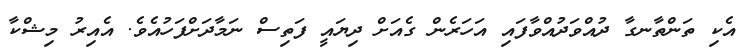
އެކި ތަންތާނގާ ދުއްވަދުއްވާފައި އަހަރެން ގެއަށް ދިޔައީ ފަތިސް ނަމާދަށްފަހުއެވެ. އެއިރު މިޝްކާ